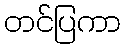
တင်ပြကာ